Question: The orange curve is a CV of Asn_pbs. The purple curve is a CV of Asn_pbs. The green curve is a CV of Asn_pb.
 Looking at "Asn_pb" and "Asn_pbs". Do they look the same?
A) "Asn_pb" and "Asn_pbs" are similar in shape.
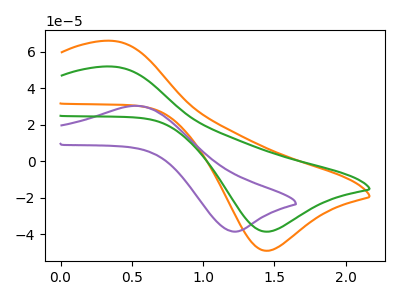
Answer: <think>The orange curve "Asn_pbs" has an anodic peak at (0.35V, 65.95uA) and a cathodic peak at (1.45V, -48.90uA). The purple curve "Asn_pbs" has an anodic peak at (0.55V, 30.35uA) and a cathodic peak at (1.20V, -38.45uA). The green curve "Asn_pb" has an anodic peak at (0.35V, 51.85uA) and a cathodic peak at (1.45V, -38.45uA).
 All the peaks in "Asn_pb" have a peak in "Asn_pbs" at the same potential. Every peak in "Asn_pb" is lower than every peak in "Asn_pbs".</think>
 <answer>A) "Asn_pb" and "Asn_pbs" are similar in shape.</answer>
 <eval>A</eval>